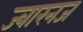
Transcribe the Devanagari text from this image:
ज्वारनज